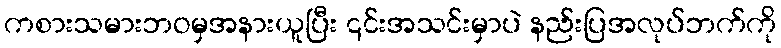
ကစားသမားဘဝမှအနားယူပြီး ၎င်းအသင်းမှာပဲ နည်းပြအလုပ်ဘက်ကို